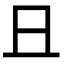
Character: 𠀇